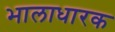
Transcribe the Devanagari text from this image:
भालाधारक